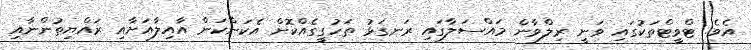
އެވެ. ޓްވީޓްތަކުގައި ވަނީ ރިލްވާން މައްސަލާގައި ރަނގަޅު ތަހުގީގެއްކޮށް އެކަންކަން އާއިލާއަށާއި ރައްޔިތުންނާއި